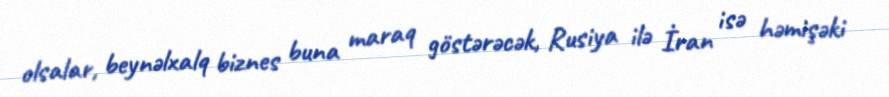
olsalar, beynəlxalq biznes buna maraq göstərəcək, Rusiya ilə İran isə həmişəki